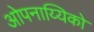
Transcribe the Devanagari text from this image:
ओपनाय्यिको